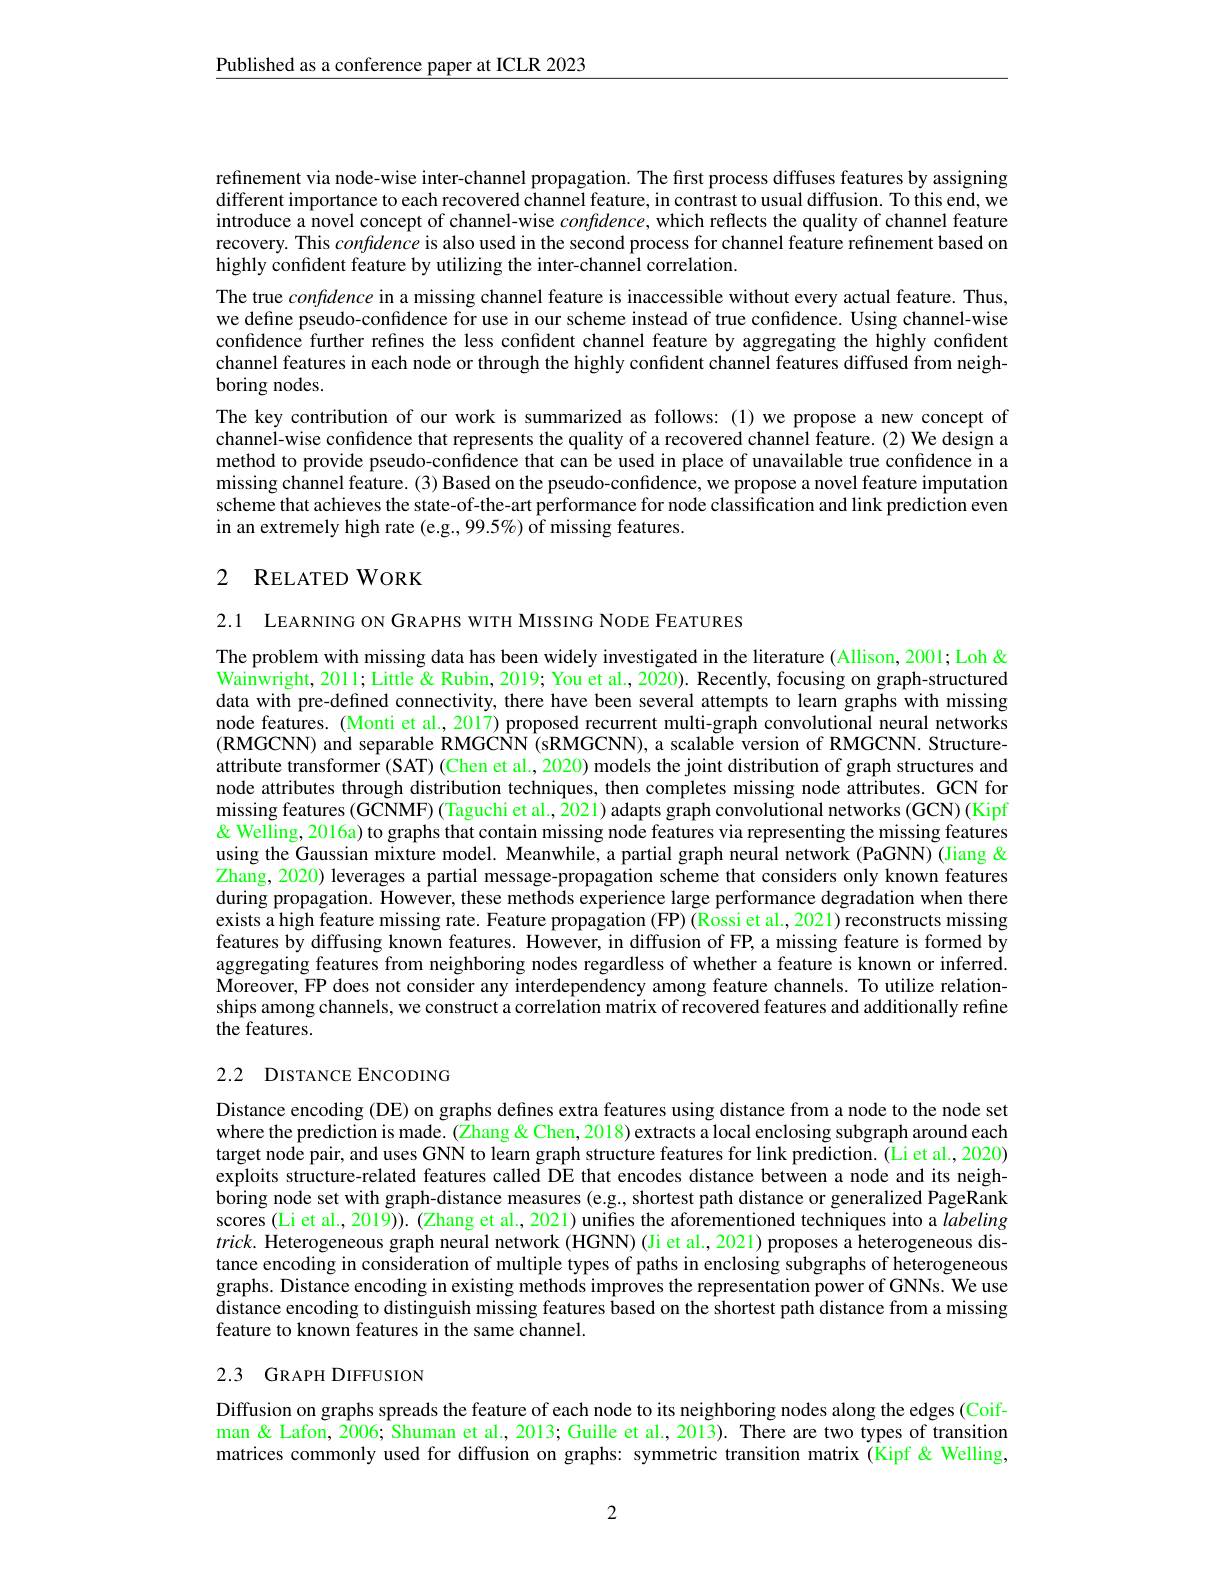
Published as a conference paper at ICLR 2023

refinement via node-wise inter-channel propagation. The first process diffuses features by assigning different importance to each recovered channel feature, in contrast to usual diffusion. To this end, we introduce a novel concept of channel-wise $confdence$, which reflects the quality of channel feature recovery. This confdence is also used in the second process for channel feature refinement based on highly confdent feature by utilizing the inter-channel correlation.
The true confdence in a missing channel feature is inaccessible without every actual feature. Thus, we define pseudo-confidence for use in our scheme instead of true confidence. Using channel-wise confidence further refines the less confident channel feature by aggregating the highly confident channel features in each node or through the highly confident channel features diffused from neighboring nodes.
The key contribution of our work is summarized as follows: (1) we propose a new concept of channel-wise confidence that represents the quality of a recovered channel feature. (2) We design a method to provide pseudo-confidence that can be used in place of unavailable true confidence in a missing channel feature. (3) Based on the pseudo-confidence, we propose a novel feature imputation scheme that achieves the state-of-the-art performance for node classification and link prediction even in an extremely high rate (e.g., 99.5%) of missing features.

## 2 RELATED WORK

2.1 LEARNING ON GRAPHS WITH MISSING NODE FEATURES

The problem with missing data has been widely investigated in the literature (Allison, 2001; Loh & $\bar{\text{Wainwright, 2011; Little " You et al., 2020). Recently, focusing on graph-structured}}$ data with pre-defined connectivity, there have been several attempts to learn graphs with missing node features. (Monti et al., 2017) proposed recurrent multi-graph convolutional neural networks $(\mathbf{RMGCNN})$ and separable RMGCNN (sRMGCNN), a scalable version of RMGCNN. Structureattribute transformer (SAT) (Chen et al., 2020) models the joint distribution of graph structures and node attributes through distribution techniques, then completes missing node attributes. GCN for missing features (GCNMF) (Taguchi et al., 2021) adapts graph convolutional networks (GCN) (Kipf & Welling, 2016a) to graphs that contain missing node features via representing the missing features using the Gaussian mixture model. Meanwhile, a partial graph neural network (PaGNN) (Jiang & Zhang, 2020) leverages a partial message- propagation scheme that considers only known features Zhang, 2020) leverages a partial message- propagation scheme that considers only known featurex Ling during propagation. However, these methods experience large performance degradation when there exists a high feature missing rate. Feature propagation (FP) (Rossi et al., 2021) reconstructs missing features by diffusing known features. However, in diffusion of FP, a missing feature is formed by aggregating features from neighboring nodes regardless of whether a feature is known or inferred. Moreover, FP does not consider any interdependency among feature channels. To utilize relationships among channels, we construct a correlation matrix of recovered features and additionally refine the features.

## 2.2 DISTANCE ENCODING

Distance encoding (DE) on graphs defines extra features using distance from a node to the node set where the prediction is made. (Zhang & Chen, 2018) extracts a local enclosing subgraph around each target node pair, and uses GNN to learn graph structure features for link prediction. (Li et al., 2020) exploits structure-related features called DE that encodes distance between a node and its neighboring node set with graph-distance measures (e.g., shortest path distance or generalized PageRank scores (Li et al., 2019)). (Zhang et al., 2021) unifies the aforementioned techniques into a labeling $trick.$ Heterogeneous graph neural network (HGNN) (Ji et al., 2021) proposes a heterogeneous distance encoding in consideration of multiple types of paths in enclosing subgraphs of heterogeneous graphs. Distance encoding in existing methods improves the representation power of GNNs. We use $\hat{\text{distance encoding to distinguish missing features based on the shortest path distance from a missing}}$ feature to known features in the same channel.

## 2.3 GRAPH DIFFUSION

Diffusion on graphs spreads the feature of each node to its neighboring nodes along the edges (Coifman & Lafon, 2006; Shuman et al., 2013; Guille et al., 2013). There are two types of transition matrices commonly used for diffusion on graphs: symmetric transition matrix (Îkipf &Welling,

2